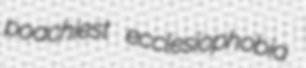
poachiest ecclesiophobia